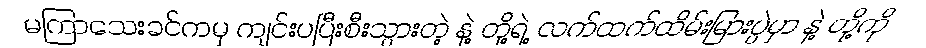
မကြာသေးခင်ကမှ ကျင်းပပြီးစီးသွားတဲ့ နဲ့ တို့ရဲ့ လက်ထက်ထိမ်းမြားပွဲမှာ နဲ့ တို့ကို